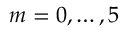
m = 0 , \ldots , 5